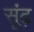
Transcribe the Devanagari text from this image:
सूंढ़